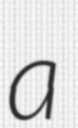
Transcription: a